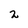
Character: 2